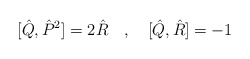
\begin{align*}[\hat Q,\hat P^2]=2\hat R\quad, \quad [\hat Q,\hat R]=-1\end{align*}